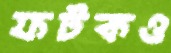
ফটকও